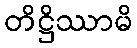
တိဋ္ဌိဿာမိ